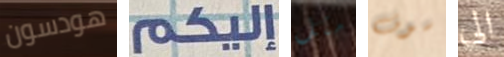
هودسون إليكم مثل سوف الى